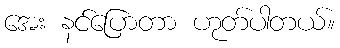
အေး နင်ပြောတာ ဟုတ်ပါတယ်။